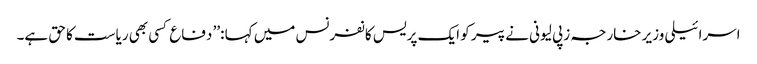
اسرائیلی وزیر خارجہ زپی لیونی نے پیر کو ایک پریس کانفرنس میں کہا :’’ دفاع کسی بھی ریاست کا حق ہے۔